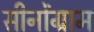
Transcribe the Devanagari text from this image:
सीनोंग्राम